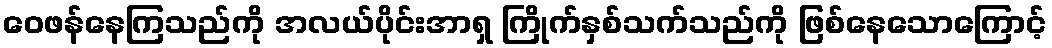
ဝေဖန်နေကြသည်ကို အလယ်ပိုင်းအာရှ ကြိုက်နှစ်သက်သည်ကို ဖြစ်နေသောကြောင့်